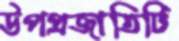
উপপ্রজাতিটি